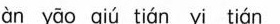
an yao giu tian yi tian